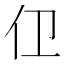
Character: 𱎞